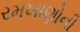
રમખાણોની